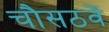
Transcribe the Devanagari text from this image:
चौसठवें